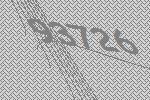
93726